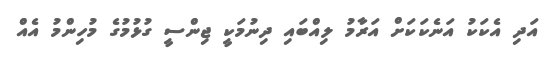
އަދި އެކަކު އަނެކަކަށް އަރާމު ލިއްބައި ދިނުމަކީ ޖިންސީ ގުޅުމުގެ މުހިންމު އެއް